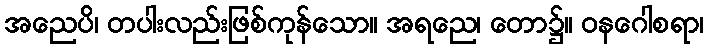
အညေပိ၊ တပါးလည်းဖြစ်ကုန်သော။ အရညေ၊ တော၌။ ဝနဂေါစရာ၊